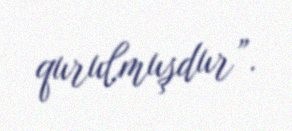
qurulmuşdur”.